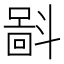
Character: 𪯮